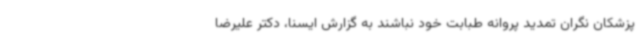
پزشکان نگران تمدید پروانه طبابت خود نباشند به گزارش ایسنا، دکتر علیرضا